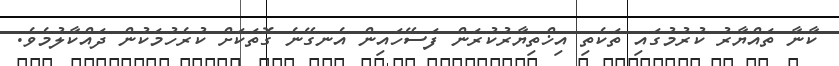
ކާނާ ތައްޔާރު ކުރުމުގައި ތަކެތި އިޚްތިޔާރުކުރަން ފަސޭހައިން އެނގޭނެ ގޮތަކަށް ކުރެހުމަކުން ދައްކާލުމެވެ.